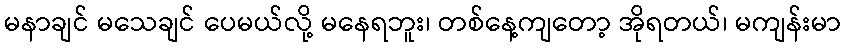
မနာချင် မသေချင် ပေမယ်လို့ မနေရဘူး၊ တစ်နေ့ကျတော့ အိုရတယ်၊ မကျန်းမာ